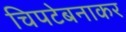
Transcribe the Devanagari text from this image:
चिपटेबनाकर